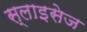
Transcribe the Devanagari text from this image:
स्लाइसेज